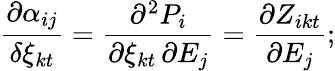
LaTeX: \frac{\partial\alpha_{ij}}{\delta\xi_{kt}}=\frac{\partial^{2}P_{i}}{\partial\xi_{kt}\, \partial E_{j}}=\frac{\partial Z_{ikt}}{\partial E_{j}};